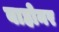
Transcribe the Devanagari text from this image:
बाहोनर